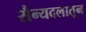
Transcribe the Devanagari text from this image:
सैन्यदलातून